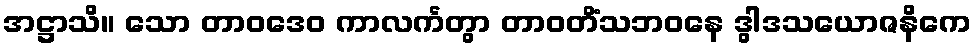
အဋ္ဌာသိ။ သော တာဝဒေဝ ကာလင်္ကတွာ တာဝတိံသဘဝနေ ဒွါဒသယောဇနိကေ